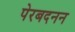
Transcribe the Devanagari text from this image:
पेरबदनन